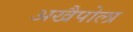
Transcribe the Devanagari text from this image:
अखैपोला